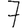
Digit: 7